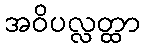
အဝိပလ္လတ္ထာ